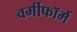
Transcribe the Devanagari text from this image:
वर्मीफॉर्म